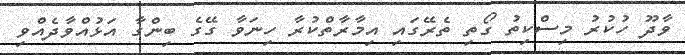
ވާދޫ ހުކުރު މިސްކިތު ގޯތި ތެރޭގައި އިމާރާތްކުރާ ހިނަވާ ގޭގެ ބިންގާ އަޅުއްވާދެއްވި